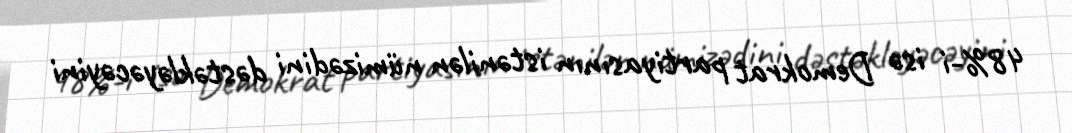
48%-i isə Demokrat partiyasının istənilən nümizədini dəstəkləyəcəyini